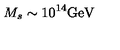
M _ { s } \sim 1 0 ^ { 1 4 } \mathrm { G e V }